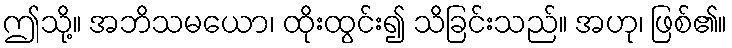
ဤသို့။ အဘိသမယော၊ ထိုးထွင်း၍ သိခြင်းသည်။ အဟု၊ ဖြစ်၏။